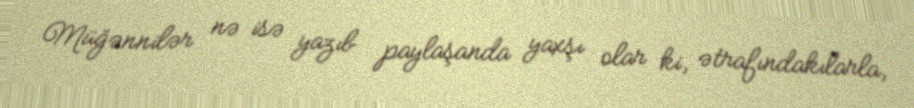
Müğənnilər nə isə yazıb paylaşanda yaxşı olar ki, ətrafındakılarla,